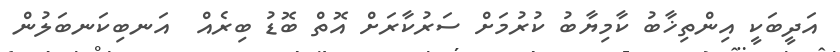
އަދީބަކީ އިންތިޚާބު ކާމިޔާބު ކުރުމަށް ސަރުކާރަށް އޮތް ބޮޑު ބިރެއް  އަނބިކަނބަލުން